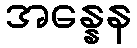
အန္နေန